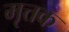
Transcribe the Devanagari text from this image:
मृत्तक